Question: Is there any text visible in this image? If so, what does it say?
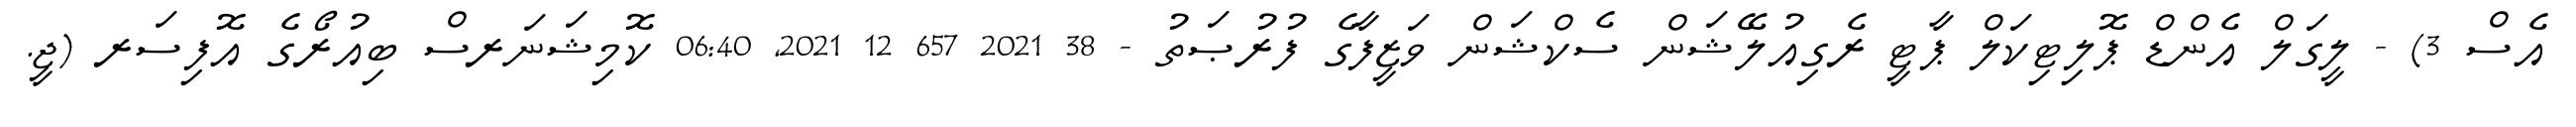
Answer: އެސް 3) - ލީގަލް އެންޑް ޕޮލިޓިކަލް ޕާޓީ ރެގިއުލޭޝަން ސެކްޝަން ވަޒީފާގެ ފުރުޞަތު - 38 2021 657 12 2021, 06:40 ކޮމިޝަނަރސް ބިއުރޯގެ އޮފިސަރ (ޖީ.